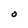
Character: O